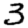
Digit: 3